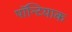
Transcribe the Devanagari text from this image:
पॉन्टियाक